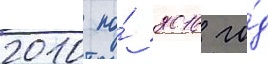
2010 по́ 2016 го́д